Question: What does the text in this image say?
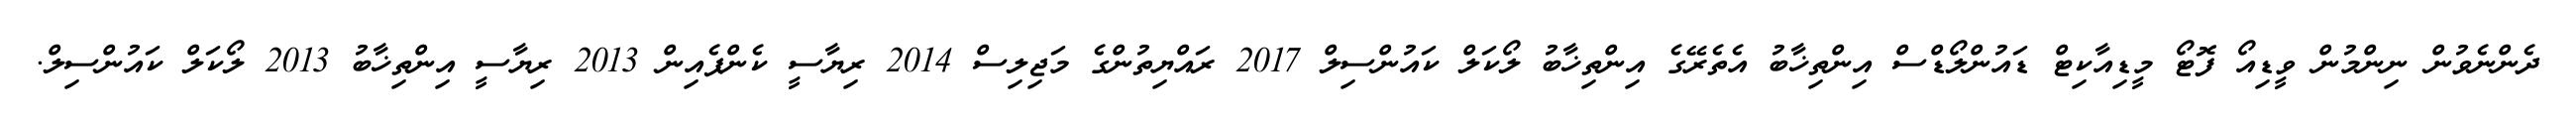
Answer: ދެންނެވުން ނިންމުން ވީޑިއޯ ފޮޓޯ މީޑިއާކިޓް ޑައުންލޯޑްސް އިންތިޚާބު އެތެރޭގެ އިންތިޚާބު ލޯކަލް ކައުންސިލް 2017 ރައްޔިތުންގެ މަޖިލިސް 2014 ރިޔާސީ ކެންޕެއިން 2013 ރިޔާސީ އިންތިޚާބު 2013 ލޯކަލް ކައުންސިލް.